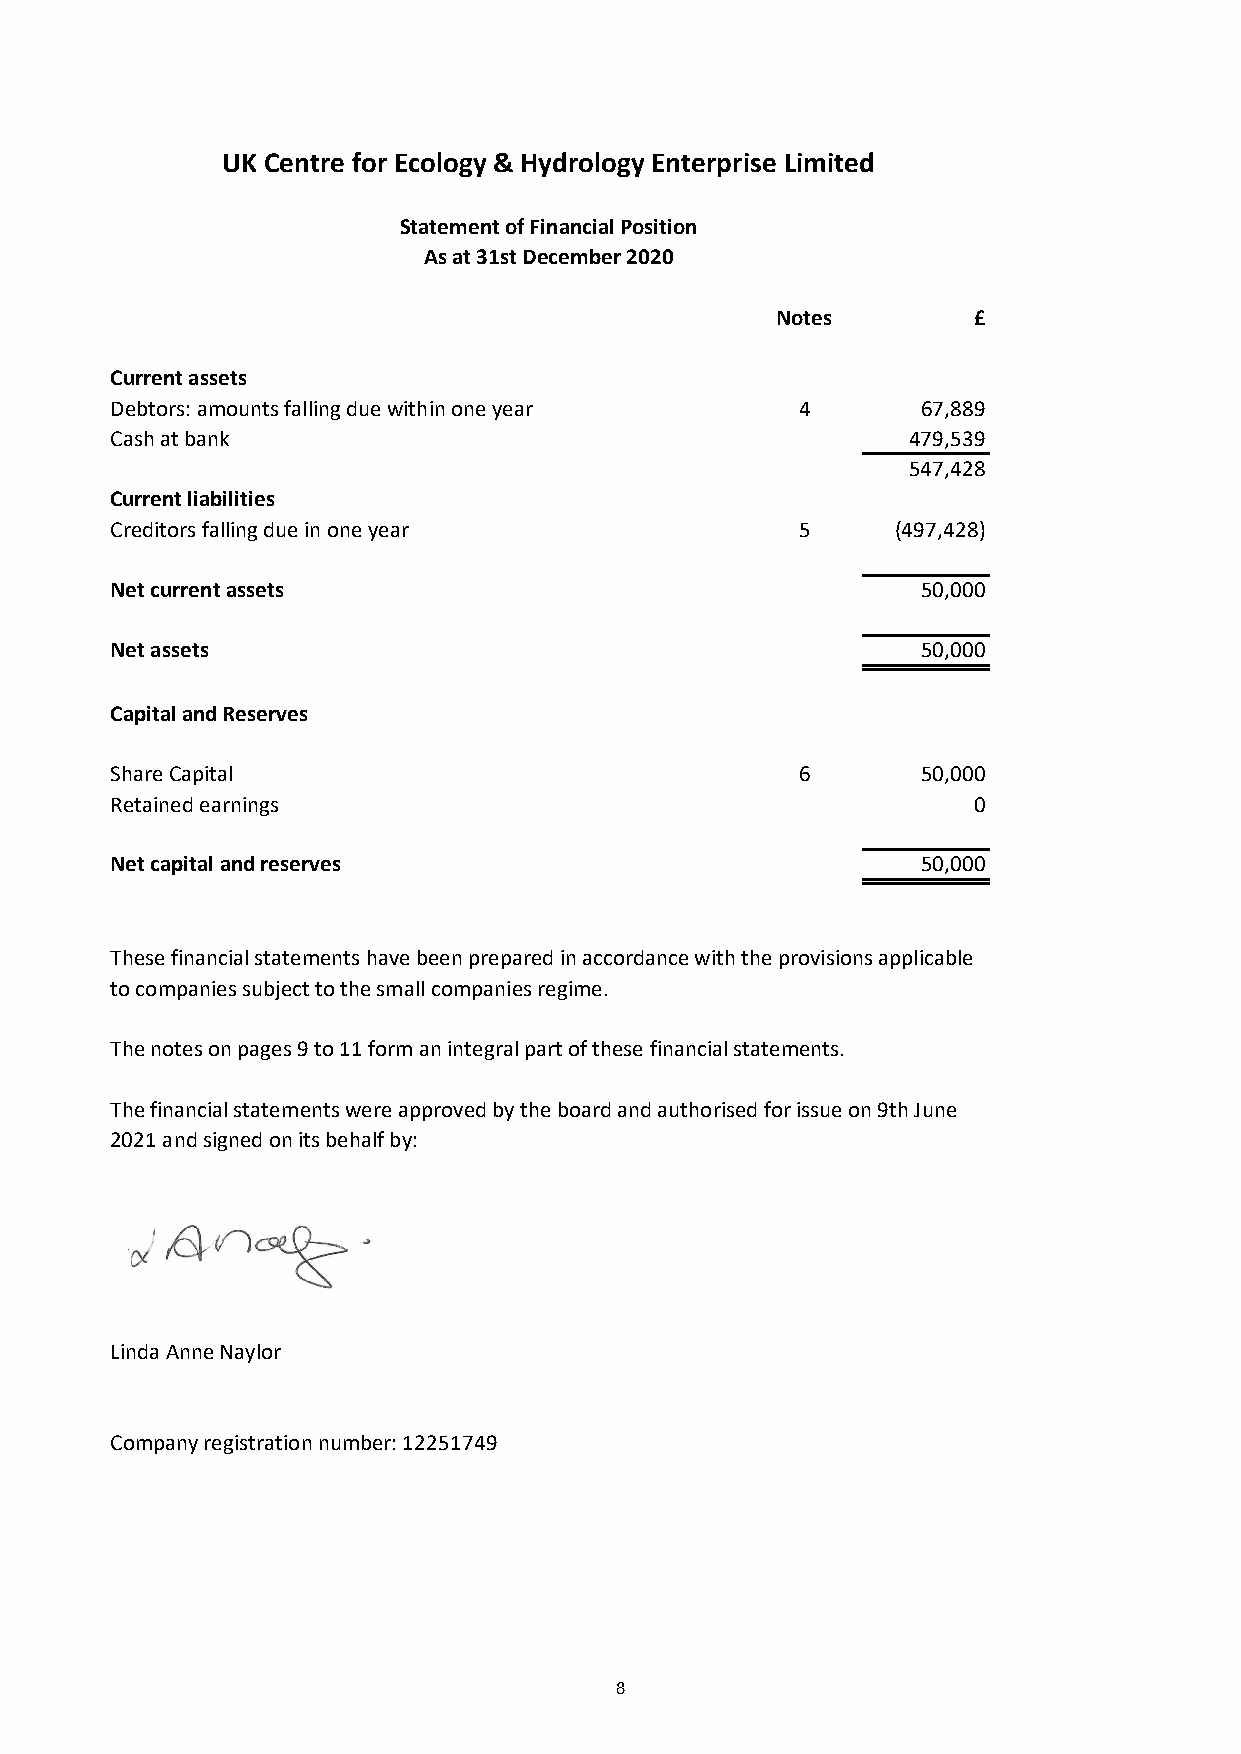
UK Centre for Ecology & Hydrology Enterprise Limited
 Statement of Financial Position
 As at 31st December 2020
 Notes        £
 Current assets
 Debtors: amounts falling due within one year  4       67,889
 Cash at bank                                         479,539
 547,428
 Current liabilities
 Creditors falling due in one year             5     (497,428)
 Net current assets                                    50,000
 Net assets                                            50,000
 Capital and Reserves
 Share Capital                                 6       50,000
 Retained earnings                                        0
 Net capital and reserves                              50,000
 These financial statements have been prepared in accordance with the provisions applicable
 to companies subject to the small companies regime.
 The notes on pages 9 to 11 form an integral part of these financial statements.
 The financial statements were approved by the board and authorised for issue on 9th June
 2021 and signed on its behalf by:
 Linda Anne Naylor
 Company registration number: 12251749
 8